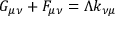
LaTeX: G _ { \mu \nu } + { \cal F } _ { \mu \nu } = \Lambda k _ { \nu \mu }